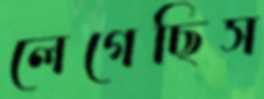
লেগেছিস